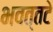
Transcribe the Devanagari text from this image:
भवत्तटे